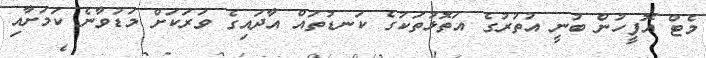
މެޓް އޮފީހުން ބުނީ އުތުރުގެ އަތޮޅުތަކުގެ ކަނޑުތައް އާދައިގެ ވަރަކަށް މަޑުވާނެ ކަމަށާއި